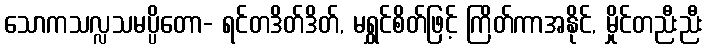
သောကသလ္လသမပ္ပိတော- ရင်တဒိတ်ဒိတ်, မရွှင်စိတ်ဖြင့် ကြိတ်ကာအနိုင်, မှိုင်တညီးညီး